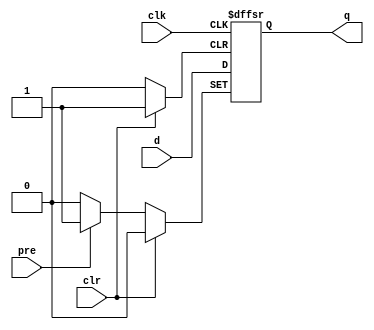
module my_dffsr_ppp (
    input d,
    clk,
    pre,
    clr,
    output reg q
);
  initial q <= 1'b0;
  always @(posedge clk or posedge pre or posedge clr)
    if (pre) q <= 1'b1;
    else if (clr) q <= 1'b0;
    else q <= d;
endmodule